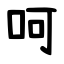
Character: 呵